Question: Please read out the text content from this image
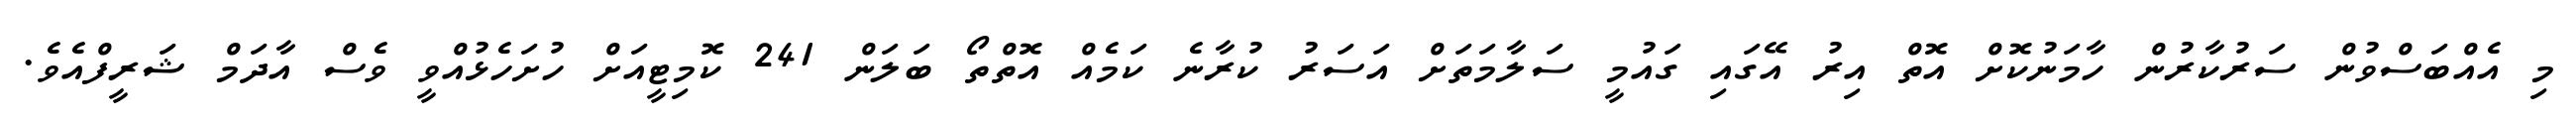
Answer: މި އެއްބަސްވުން ސަރުކާރުން ހާމަނުކޮށް އޮތް އިރު އޭގައި ގައުމީ ސަލާމަތަށް އަސަރު ކުރާނެ ކަމެއް އޮތްތޯ ބަލަން 241 ކޮމިޓީއަށް ހުށަހެޅުއްވީ ވެސް އާދަމް ޝަރީފްއެވެ.